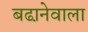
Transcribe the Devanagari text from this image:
बढा़नेवाला